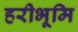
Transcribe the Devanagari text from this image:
हरीभूमि